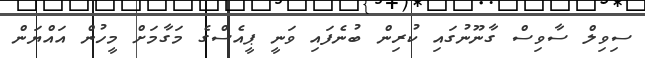
ސިވިލް ސާވިސް ގާނޫނުގައި ކުރިން ބުނެފައި ވަނީ ޕީއެސްގެ މަގާމަށް މީހުން އައްޔަން